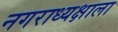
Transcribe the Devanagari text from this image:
नगराध्यक्षाला